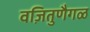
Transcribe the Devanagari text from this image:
वज़ितुणैगळ